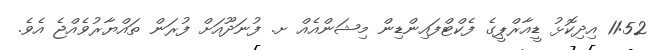
11:52 އިދިކޮޅު ޑީއާރްޕީގެ ފެކްޓްފައިންޑިން މިޝަންއެއް ށ. ފުނަދޫއަށް ފުރަން ތައްޔާރުވެއްޖެ އެވެ.